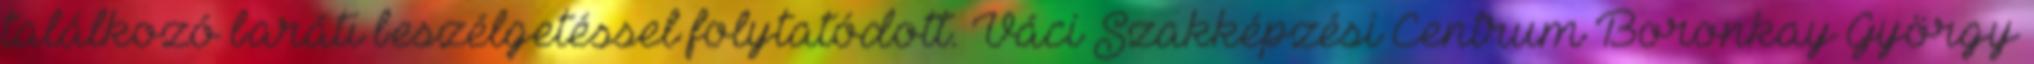
találkozó baráti beszélgetéssel folytatódott. Váci Szakképzési Centrum Boronkay György